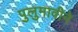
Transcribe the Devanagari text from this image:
पुलुमावीने